Lunatic asylums Central Provinces reports 1895-1909 - 1895-1909
Year: 1895
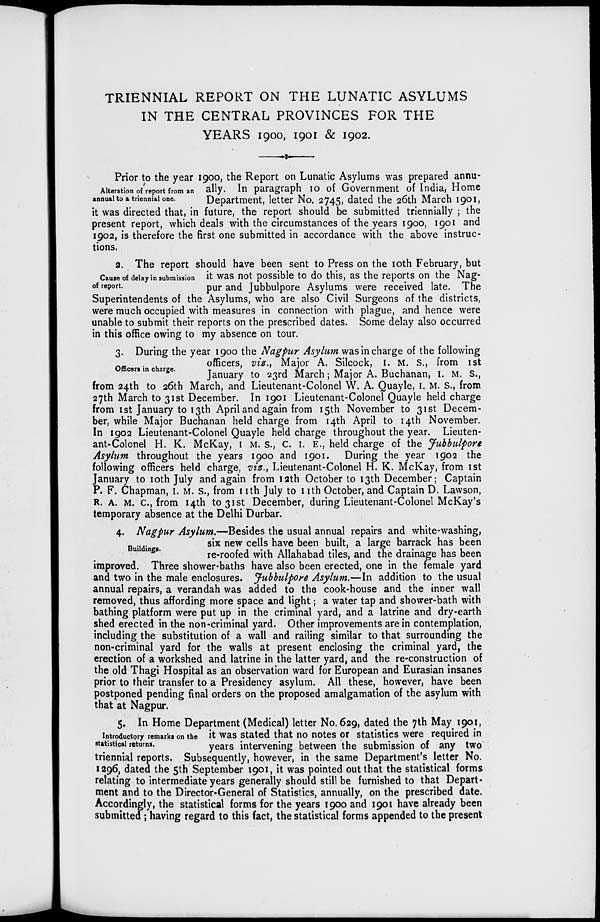
TRIENNIAL REPORT ON THE LUNATIC ASYLUMS
IN THE CENTRAL PROVINCES FOR THE
YEARS 1900, 1901 & 1902.
Alteration of report from an
annual to a triennial one.
Prior to the year 1900, the Report on Lunatic Asylums was prepared annu-
ally. In paragraph 10 of Government of India, Home
Department, letter No. 2745, dated the 26th March 1901,
it was directed that, in future, the report should be submitted triennially ; the
present report, which deals with the circumstances of the years 1900, 1901 and
1902, is therefore the first one submitted in accordance with the above instruc-
tions.
Cause of delay in submission
of report.
2. The report should have been sent to Press on the 10th February, but
it was not possible to do this, as the reports on the Nag-
pur and Jubbulpore Asylums were received late. The
Superintendents of the Asylums, who are also Civil Surgeons of the districts,
were much occupied with measures in connection with plague, and hence were
unable to submit their reports on the prescribed dates. Some delay also occurred
in this office owing to my absence on tour.
Officers in charge.
3. During the year 1900 the Nagpur Asylum was in charge of the following
officers, viz., Major A. Silcock, I. M. S., from 1st
January to 23rd March; Major A. Buchanan, I. M. S.,
from 24th to 26th March, and Lieutenant-Colonel W. A. Quayle, I. M. S., from
27th March to 31st December. In 1901 Lieutenant-Colonel Quayle held charge
from 1st January to 13th April and again from 15th November to 31st Decem-
ber, while Major Buchanan held charge from 14th April to 14th November.
In 1902 Lieutenant-Colonel Quayle held charge throughout the year. Lieuten-
ant-Colonel H. K. McKay, I. M. S., C. I. E., held charge of the Jubbulpore
Asylum throughout the years 1900 and 1901. During the year 1902 the
following officers held charge, viz., Lieutenant-Colonel H. K. McKay, from 1st
January to 10th July and again from 12th October to 13th December; Captain
P. F. Chapman, I. M. S., from 11th July to 11th October, and Captain D. Lawson,
R. A. M. C., from 14th to 31st December, during Lieutenant-Colonel McKay's
temporary absence at the Delhi Durbar.
Buildings.
4. Nagpur Asylum.—Besides the usual annual repairs and white-washing,
six new cells have been built, a large barrack has been
re-roofed with Allahabad tiles, and the drainage has been
improved. Three shower-baths have also been erected, one in the female yard
and two in the male enclosures. Jubbulpore Asylum.—In addition to the usual
annual repairs, a verandah was added to the cook-house and the inner wall
removed, thus affording more space and light; a water tap and shower-bath with
bathing platform were put up in the criminal yard, and a latrine and dry-earth
shed erected in the non-criminal yard. Other improvements are in contemplation,
including the substitution of a wall and railing similar to that surrounding the
non-criminal yard for the walls at present enclosing the criminal yard, the
erection of a workshed and latrine in the latter yard, and the re-construction of
the old Thagi Hospital as an observation ward for European and Eurasian insanes
prior to their transfer to a Presidency asylum. All these, however, have been
postponed pending final orders on the proposed amalgamation of the asylum with
that at Nagpur.
Introductory remarks on the
statistical returns.
5. In Home Department (Medical) letter No. 629, dated the 7th May 1901,
it was stated that no notes or statistics were required in
years intervening between the submission of any two
triennial reports. Subsequently, however, in the same Department's letter No.
1296, dated the 5th September 1901, it was pointed out that the statistical forms
relating to intermediate years generally should still be furnished to that Depart-
ment and to the Director-General of Statistics, annually, on the prescribed date.
Accordingly, the statistical forms for the years 1900 and 1901 have already been
submitted; having regard to this fact, the statistical forms appended to the present